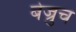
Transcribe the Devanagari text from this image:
बेज्रुच